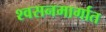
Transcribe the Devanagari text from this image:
श्वसनमार्गात